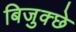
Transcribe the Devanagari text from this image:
बिजुक्छे